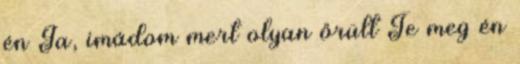
én Ja, imádom mert olyan őrült Te meg én